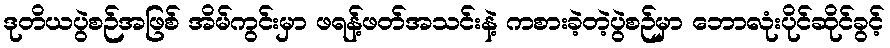
ဒုတိယပွဲစဉ်အဖြစ် အိမ်ကွင်းမှာ ဖရန့်ဖတ်အသင်းနဲ့ ကစားခဲ့တဲ့ပွဲစဉ်မှာ ဘောလုံးပိုင်ဆိုင်ခွင့်